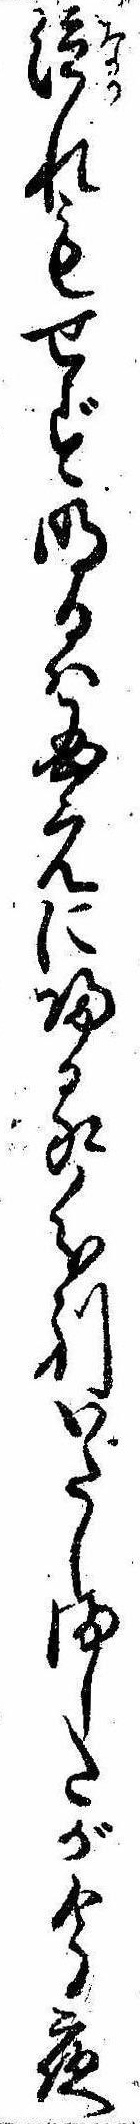
泣れもせず明日は国元に帰る分別いたしましたが今夜